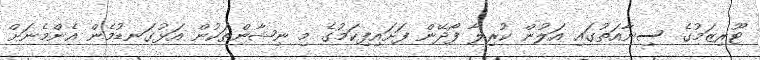
ޓޫރިޒަމުގެ ސިނާއަތުގައި އަލުން ކުރިލާ ފޯދޭން ފަށައިފިކަމުގެ މި ނިޝާންތަކުން އަޅުގަނޑުމެން އެންމެނަށް